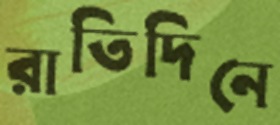
রাতিদিনে